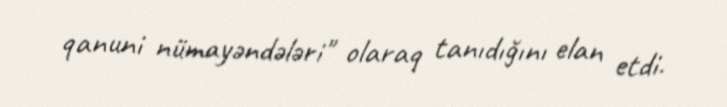
qanuni nümayəndələri" olaraq tanıdığını elan etdi.